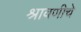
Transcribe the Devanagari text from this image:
श्रावणीचे